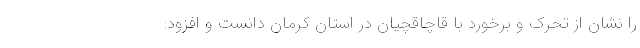
را نشان از تحرک و برخورد با قاچاقچیان در استان کرمان دانست و افزود: